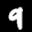
Label: 9